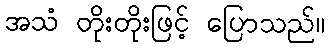
အသံ တိုးတိုးဖြင့် ပြောသည်။